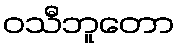
ဝသီဘူတော